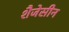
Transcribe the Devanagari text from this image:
शैजेसीन